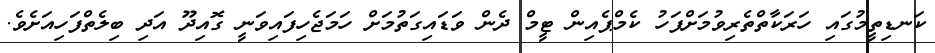
ކަނޑިތީމުގައި ހަރަކާތްތެރިވުމަށްފަހު ކެމްޕެއިން ޓީމް ދެން ވަޑައިގަތުމަށް ހަމަޖެހިފައިވަނީ ގޮއިދޫ އަދި ބިލެތްފަހިއަށެވެ.